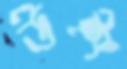
উইং